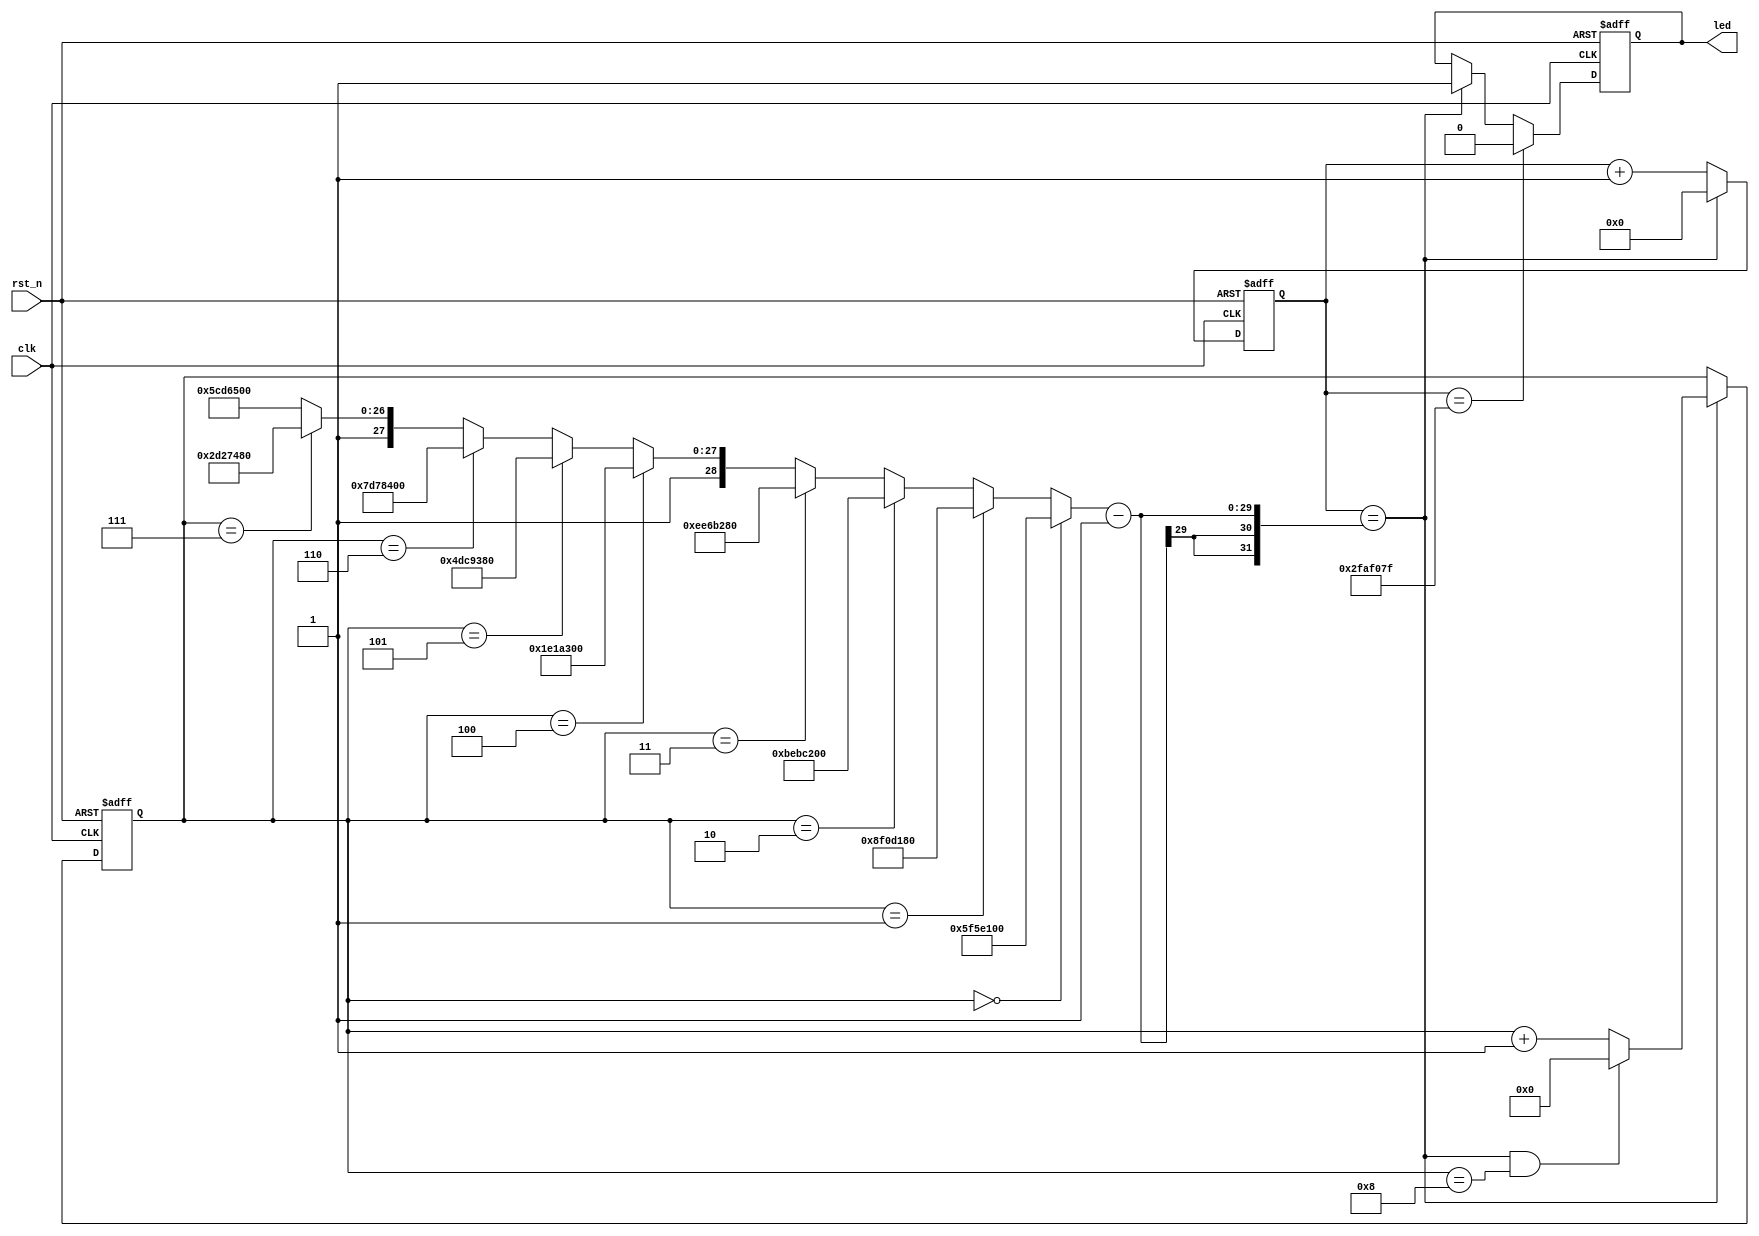
/*
	LED
		1NN123 9
		1
*/


module my_led(
					clk								,
					rst_n							,
	//
					led
);

//-----------------------------------//
input				clk								;
input				rst_n							;

//-----------------------------------//
output				led								;




//--cnt0
reg[28:0]							cnt0		;	//
wire								add_cnt0	;	//
wire								end_cnt0	;	//


//--cnt1
reg[3:0]							cnt1		;	//
wire								add_cnt1	;	//
wire								end_cnt1	;	//
reg									led			;

reg	[28:0]							x			;


//--cnt0
always @(posedge	clk	or	negedge	rst_n) begin
	if(!rst_n) begin
		cnt0	<=	0	;
	end
	else if(add_cnt0) begin
		if(end_cnt0)
			cnt0	<=	0	;
		else
			cnt0	<=	cnt0	+	1	;
	end
end
//--cnt0 1
assign	add_cnt0	=	1	;
//--cnt0 							
assign	end_cnt0	=	add_cnt0	&&	cnt0	==	x	-	1	;

//--cnt1
always @(posedge	clk	or	negedge	rst_n) begin
	if(!rst_n) begin
		cnt1	<=	0	;
	end
	else if(add_cnt1) begin
		if(end_cnt1)
			cnt1	<=	0	;
		else
			cnt1	<=	cnt1	+	1	;
	end
end
//--cnt1 1
assign	add_cnt1	=	end_cnt0	;
//--cnt1 							
assign	end_cnt1	=	add_cnt1	&&	cnt1	==	9	-	1	;

always @(posedge	clk	or	negedge	rst_n)	begin
	if(!rst_n)	begin
		led <=1;
	end
	else if(add_cnt0 && cnt0==50_000_000-1)begin
		led	<=	0;
	end 
	else if(end_cnt0)begin
		led	<=	1	;
	end 
end

//--always

always @(*)begin
	if(cnt1==0)	begin
		x	=	100_000_000	;
	end
	else if(cnt1==1)	begin
		x	=	150_000_000	;
	end
	else if(cnt1==2)	begin
		x	=	200_000_000	;
	end
	else if(cnt1==3)	begin
		x	=	250_000_000	;
	end
	else if(cnt1==4)	begin
		x	=	300_000_000	;
	end
	else if(cnt1==5)	begin
		x	=	350_000_000	;
	end
	else if(cnt1==6)	begin
		x	=	400_000_000	;
	end
	else if(cnt1==7)	begin
		x	=	450_000_000	;
	end
	else begin
		x	=	500_000_000	;
	end
			
end 

endmodule